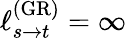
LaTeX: \ell_{s\rightarrow t}^{\mathrm{(GR)}}=\infty